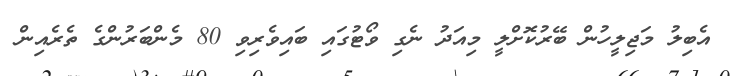
އެބިލު މަޖިލީހުން ބޭރުކޮށްލީ މިއަދު ނެގި ވޯޓުގައި ބައިވެރިވި 80 މެންބަރުންގެ ތެރެއިން